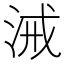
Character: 㳦